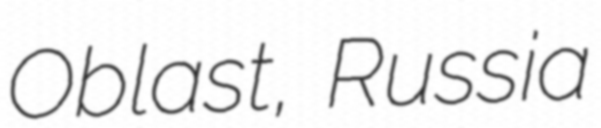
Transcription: Oblast, Russia